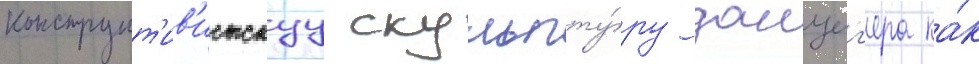
конструкт'ив'истскуу скульпту́ру данциг'ера ка́к